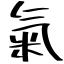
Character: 氣